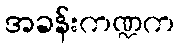
အခန်းကဏ္ဍက